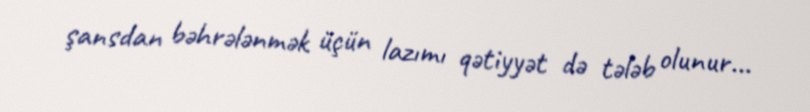
şansdan bəhrələnmək üçün lazımı qətiyyət də tələb olunur...